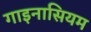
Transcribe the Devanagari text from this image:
गाइनासियम